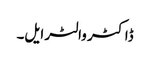
ڈاکٹر والٹر ایل۔